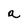
Character: a